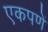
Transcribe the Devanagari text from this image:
एकपणें